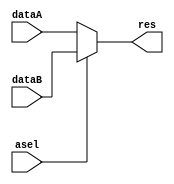
`timescale 1ns / 1ps
module ASel(
    input asel,             // select control
    input [31:0] dataA,     // dataA
    input [31:0] dataB,     // dataB
    output reg [31:0] res   // result
    );
    always @(asel or dataB or dataA) begin
        if(asel==0) res <= dataA;
        else res <= dataB;
    end
endmodule